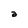
Character: a